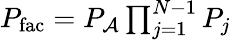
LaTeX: \begin{array}{r}{P_{\mathrm{fac}}=P_{\mathcal{A}}\prod_{j=1}^{N-1}P_{j}}\end{array}